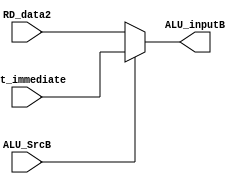
`timescale 1ns / 1ps
//////////////////////////////////////////////////////////////////////////////////
// Company: 
// Engineer: 
// 
// Design Name: 
// Module Name: Mux_ALUSrc
// Project Name: 
// Target Devices: 
// Tool Versions: 
// Description: 
// 
// Dependencies: 
// 
// Revision:
// Revision 0.01 - File Created
// Additional Comments:
// 
//////////////////////////////////////////////////////////////////////////////////


module Mux_ALUSrc(
    input ALU_SrcB,
    input [31:0] RD_data2,
    input [31:0] ext_immediate,
    output reg [31:0] ALU_inputB
    );
    
    always@ (*) begin
        if( ALU_SrcB == 1)
            ALU_inputB = ext_immediate;
        else
            ALU_inputB = RD_data2;
    end
endmodule